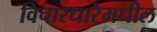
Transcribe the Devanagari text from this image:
विचारधारेमधील